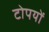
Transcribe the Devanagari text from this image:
टोपयों